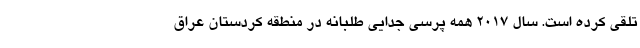
تلقی کرده است. سال ۲۰۱۷ همه پرسی جدایی طلبانه در منطقه کردستان عراق